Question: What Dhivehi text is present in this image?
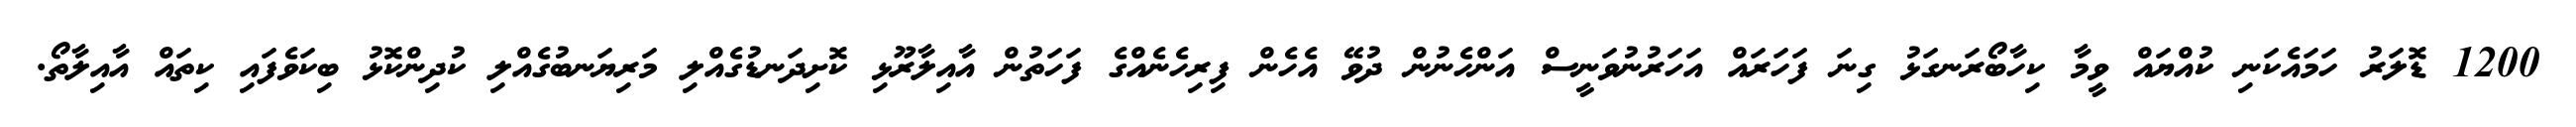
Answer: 1200 ޑޮލަރު ހަމައެކަނި ކުއްޔައް ވީމާ ކިހާބޯރަނގަޅު ގިނަ ފަހަރައް އަހަރުނުވަނީސް އަންހެނުން ދުވޭ އެހެން ފިރިހެނެއްގެ ފަހަތުން އާއިލާރޫޅި ކޮށިދަނޑުގެއްލި މަރިޔަނބުގެއްލި ކުދިންކޮޅު ބިކަވެފައި ކިތައް އާއިލާތޯ.